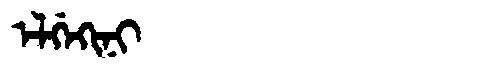
Manchu: ᡝᠯᡤᡝᡴᡳᠨᡳ
Romanization: ELGEKINI